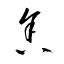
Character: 舎